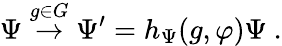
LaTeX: \Psi\stackrel{g\in G}{\to}\Psi^{\prime}=h_{\Psi}(g,\varphi)\Psi~.